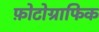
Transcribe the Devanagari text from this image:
फ़ोटोग्राफिक